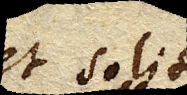
et solito